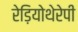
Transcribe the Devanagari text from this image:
रेड़ियोथेरेपी